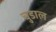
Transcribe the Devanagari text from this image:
चुडाल